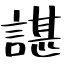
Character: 諶